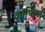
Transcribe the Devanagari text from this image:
काफिज